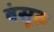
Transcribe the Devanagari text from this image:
बंसूठ